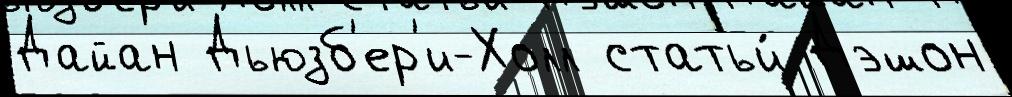
Дайан Дьюзб'ер'и-Холл статьи́ Дэшон